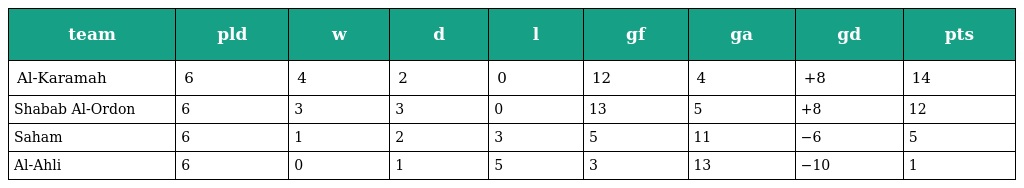
| team | pld | w | d | l | gf | ga | gd | pts |
 | --- | --- | --- | --- | --- | --- | --- | --- | --- |
 | Al-Karamah | 6 | 4 | 2 | 0 | 12 | 4 | +8 | 14 |
 | Shabab Al-Ordon | 6 | 3 | 3 | 0 | 13 | 5 | +8 | 12 |
 | Saham | 6 | 1 | 2 | 3 | 5 | 11 | −6 | 5 |
 | Al-Ahli | 6 | 0 | 1 | 5 | 3 | 13 | −10 | 1 |